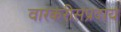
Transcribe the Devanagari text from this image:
वारकरीसंप्रदाय